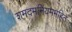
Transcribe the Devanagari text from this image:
शमदमनियममहित